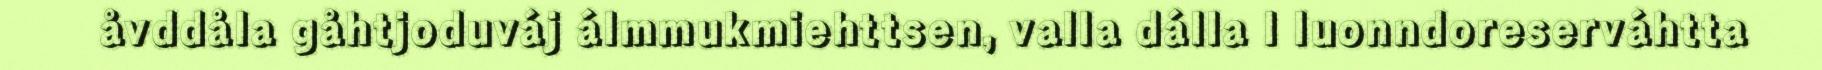
åvddåla gåhtjoduváj álmmukmiehttsen, valla dálla l luonndoreserváhtta